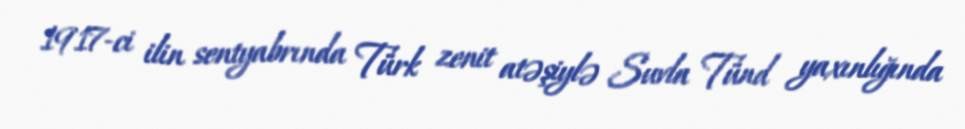
1917-ci ilin sentyabrında Türk zenit atəşiylə Suvla Tünd yaxınlığında